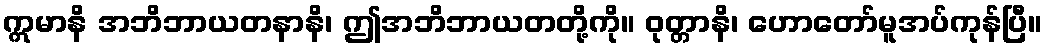
ဣမာနိ အဘိဘာယတနာနိ၊ ဤအဘိဘာယတတို့ကို။ ဝုတ္တာနိ၊ ဟောတော်မူအပ်ကုန်ပြီ။